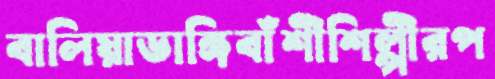
বালিয়াডাঙ্গিবাঁশীশিল্পীরপ